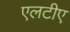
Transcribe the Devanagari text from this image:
एलटीए